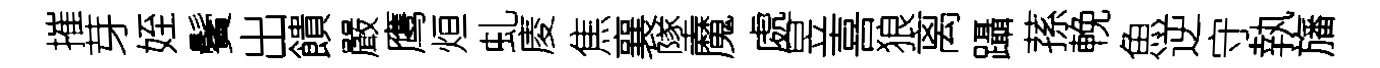
摧芽姪鬢出饋嚴鹰烜虬庱焦襄墜魔處昱喜狼离躡蓀輓魚逆守執旛